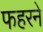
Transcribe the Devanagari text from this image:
फहरने